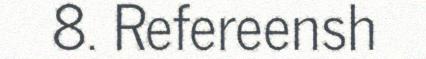
8. Refereensh